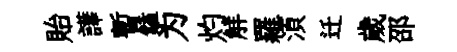
貽譁暫饁为灼觧羅湏迁歲邵